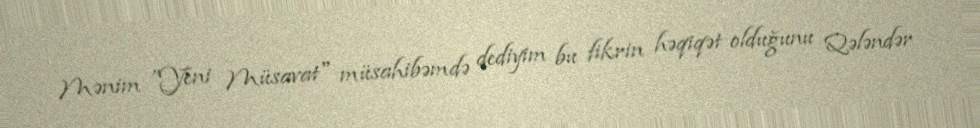
Mənim ”Yeni Müsavat" müsahibəmdə dediyim bu fikrin həqiqət olduğunu Qələndər